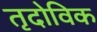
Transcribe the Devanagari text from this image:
तृदोविक